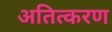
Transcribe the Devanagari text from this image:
अतित्करण